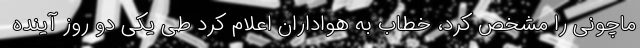
ماچونی را مشخص کرد، خطاب به هواداران اعلام کرد طی یکی دو روز آینده